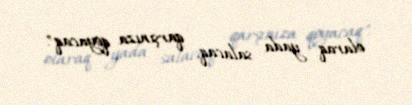
olaraq yada salacaq, qarşınıza qoyacaq".